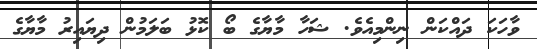
ވާހަކަ ދައްކަން ނިންމިއެވެ. ޝަހާ މާޔާގެ ބޯ ކޮޅު ބަލަމުން ދިޔައިރު މާޔާގެ